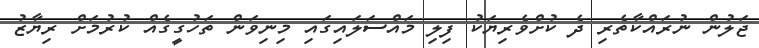
ޖަލުން ނުރައްކާތެރި ދެ ކުށްވެރިޔަކު ފިލި މައްސަލައިގައި މިނިވަން ތަހުގީގެއް ކުރުމަށް ރިޔާޒު